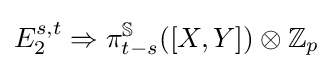
E_{2}^{s,t}\Rightarrow \pi _{t-s}^{\mathbb {S} }([X,Y])\otimes \mathbb {Z} _{p}